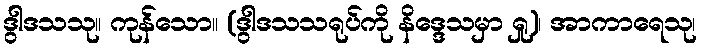
ဒွါဒသသု။ ကုန်သော။ (ဒွါဒသသရုပ်ကို နိဒ္ဒေသမှာ ရှု)၊ အာကာရေသု၊